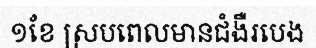
១ខែ ស្របពេលមានជំងឺរបេង